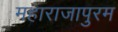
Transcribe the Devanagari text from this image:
महाराजापुरम